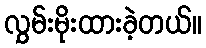
လွှမ်းမိုးထားခဲ့တယ်။